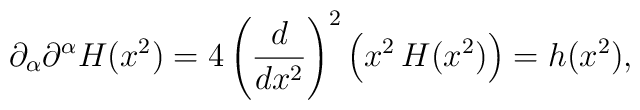
\partial_{\alpha}\partial^{\alpha}H(x^2) =4\left ({d\over dx^2}\right )^2\left (x^2\, H(x^2)\right ) = h(x^2),